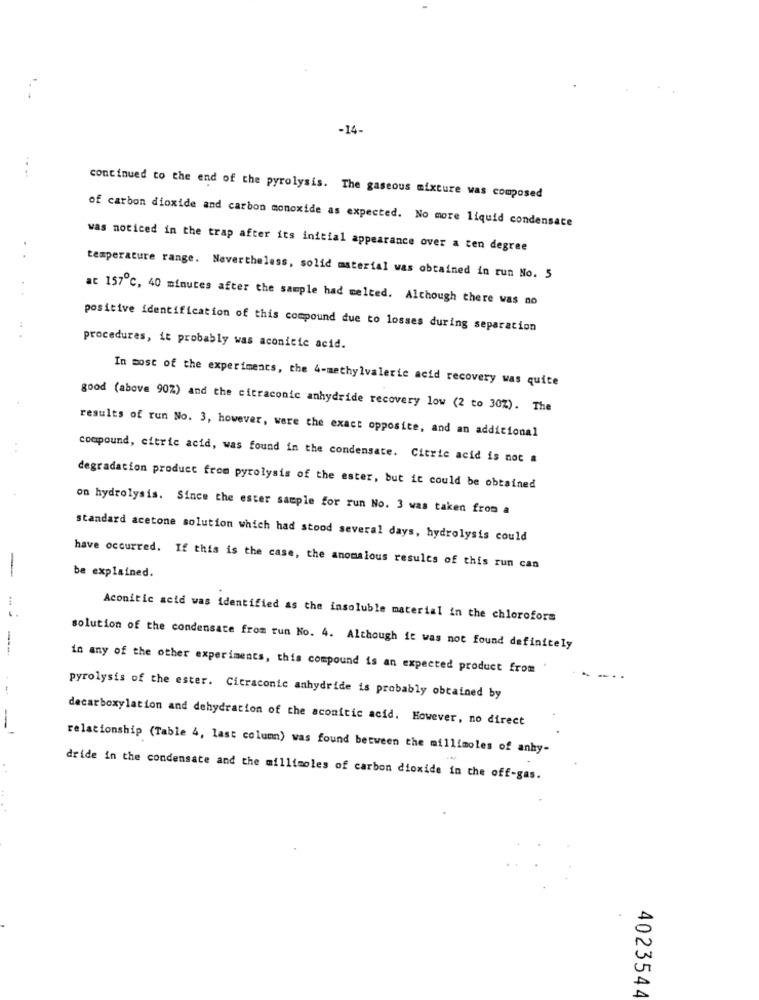
-14.
continued to the end of the pyrolysis. The gaseous mixture was composed
of carbon dioxide and carbon monoxide as expected. No more liquid condensate
was noticed in the trap after its initial appearance over a ten degree
temperature range. Nevertheless, solid material was obtained in run No. 5
at 157℃, 40 minutes after the sample had melted. Although there was no
positive identification of this compound due to losses during separation
procedures, it probably was aconitic acid.
In most of the experiments, the 4-methylvalerie acid recovery was quite
good (above 90%) and the citraconic anhydride recovery low (2 to 30%). The
results of run No. 3, however, were the exact opposite, and an additional
compound, citric acid, was found in the condensate. Citric acid is not a
degradation product from pyrolysis of the ester, but it could be obtained
on hydrolysis. Since the ester sample for run No. 3 was taken from a
standard acetone solution which had stood several days, hydrolysis could
-
have occurred. If this is the case, the anomalous results of this run can
be explained.
Aconitic acid was identified as the insoluble material in the chloroform
solution of the condensate from run No. 4. Although it was not found definitely
in any of the other experiments, this compound is an expected product from
pyrolysis of the ester. Cicraconic anhydride is probably obtained by
decarboxylation and dehydration of the aconitic acid. However, no direct
relationship (Table 4, last column) was found between the millimoles of anhy-
dride in the condensate and the millimoles of carbon dioxide in the off-gas.
4023544